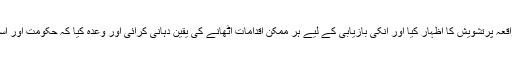
اس موقع پر وفاقی وزیر داخلہ احسن اقبال نے مولانا علی محمد ابوتراب کے اغوا کے واقعہ پرتشویش کا اظہار کیا اور انکی بازیابی کے لیے ہر ممکن اقدامات اٹھانے کی یقین دہانی کرائی اور وعدہ کیا کہ حکومت اور اسکے ماتحت ادارے مولانا کی بازیابی کے لیے تمام تر کاوشیں بروئے کار لائیں گے ۔